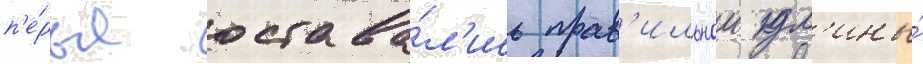
п'е́рья остава́л'ись прав'ильнои дл'ины́